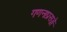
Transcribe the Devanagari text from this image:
गणनाप्रसङ्गे